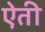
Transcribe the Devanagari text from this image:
ऐती